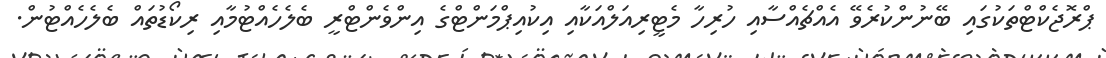
ޕްރޮޖެކްޓްތަކުގައި ބޭނުންކުރެވޭ އެއްޗެއްސާއި ހުރިހާ މެޓީރިއަލްއަކާއި އިކުއިޕްމަންޓްގެ އިންވެންޓްރީ ބެލެހެއްޓުމާއި ރިކޯޑުތައް ބެލެހެއްޓުން.